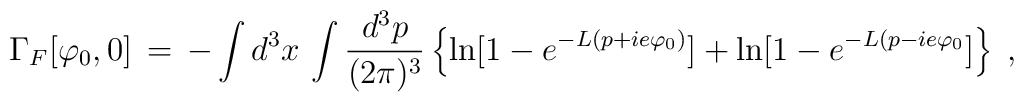
\Gamma_F[\varphi_0, 0]\,=\,- \int d^3x\,\int \frac{d^3p}{(2\pi)^3}\left\{ \ln[1 - e^{-L (p + i e \varphi_0)} ]+\ln[1 - e^{-L(p - i e \varphi_0}]\right\}\;,